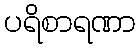
ပရိစာရဏာ